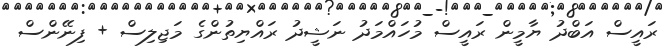
ރައީސް އަބްދު ޔާމީން ރައީސް މުހައްމަދު ނަޝީދު ރައްޔިތުންގެ މަޖިލިސް + ފިނޭންސް